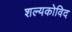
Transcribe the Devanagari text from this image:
शल्यकोविद